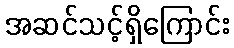
အဆင်သင့်ရှိကြောင်း